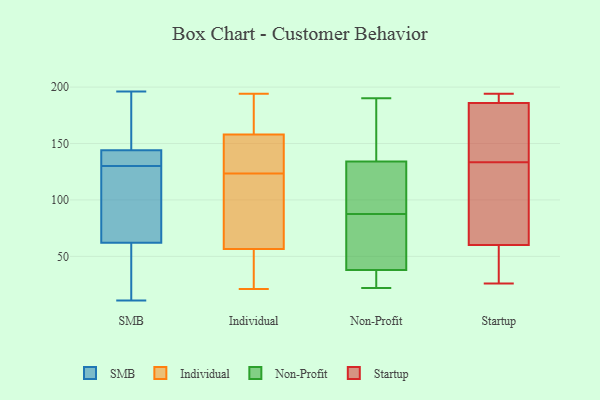
{"axis": {"x": "Population (Million)", "y": "Value"}, "legend": ["Individual", "Non-Profit", "SMB", "Startup"], "data": [{"x": "", "y": 193, "type": "SMB"}, {"x": "", "y": 39, "type": "SMB"}, {"x": "", "y": 154, "type": "SMB"}, {"x": "", "y": 31, "type": "SMB"}, {"x": "", "y": 47, "type": "SMB"}, {"x": "", "y": 145, "type": "SMB"}, {"x": "", "y": 127, "type": "SMB"}, {"x": "", "y": 117, "type": "SMB"}, {"x": "", "y": 141, "type": "SMB"}, {"x": "", "y": 11, "type": "SMB"}, {"x": "", "y": 138, "type": "SMB"}, {"x": "", "y": 196, "type": "SMB"}, {"x": "", "y": 42, "type": "SMB"}, {"x": "", "y": 135, "type": "SMB"}, {"x": "", "y": 156, "type": "SMB"}, {"x": "", "y": 77, "type": "SMB"}, {"x": "", "y": 114, "type": "SMB"}, {"x": "", "y": 133, "type": "SMB"}, {"x": "", "y": 120, "type": "SMB"}, {"x": "", "y": 143, "type": "SMB"}, {"x": "", "y": 70, "type": "Individual"}, {"x": "", "y": 21, "type": "Individual"}, {"x": "", "y": 112, "type": "Individual"}, {"x": "", "y": 43, "type": "Individual"}, {"x": "", "y": 194, "type": "Individual"}, {"x": "", "y": 180, "type": "Individual"}, {"x": "", "y": 40, "type": "Individual"}, {"x": "", "y": 180, "type": "Individual"}, {"x": "", "y": 127, "type": "Individual"}, {"x": "", "y": 144, "type": "Individual"}, {"x": "", "y": 94, "type": "Individual"}, {"x": "", "y": 151, "type": "Individual"}, {"x": "", "y": 165, "type": "Individual"}, {"x": "", "y": 133, "type": "Individual"}, {"x": "", "y": 42, "type": "Individual"}, {"x": "", "y": 120, "type": "Individual"}, {"x": "", "y": 95, "type": "Non-Profit"}, {"x": "", "y": 87, "type": "Non-Profit"}, {"x": "", "y": 140, "type": "Non-Profit"}, {"x": "", "y": 31, "type": "Non-Profit"}, {"x": "", "y": 22, "type": "Non-Profit"}, {"x": "", "y": 89, "type": "Non-Profit"}, {"x": "", "y": 86, "type": "Non-Profit"}, {"x": "", "y": 134, "type": "Non-Profit"}, {"x": "", "y": 134, "type": "Non-Profit"}, {"x": "", "y": 37, "type": "Non-Profit"}, {"x": "", "y": 74, "type": "Non-Profit"}, {"x": "", "y": 88, "type": "Non-Profit"}, {"x": "", "y": 190, "type": "Non-Profit"}, {"x": "", "y": 37, "type": "Non-Profit"}, {"x": "", "y": 42, "type": "Non-Profit"}, {"x": "", "y": 92, "type": "Non-Profit"}, {"x": "", "y": 38, "type": "Non-Profit"}, {"x": "", "y": 140, "type": "Non-Profit"}, {"x": "", "y": 60, "type": "Startup"}, {"x": "", "y": 175, "type": "Startup"}, {"x": "", "y": 26, "type": "Startup"}, {"x": "", "y": 31, "type": "Startup"}, {"x": "", "y": 192, "type": "Startup"}, {"x": "", "y": 143, "type": "Startup"}, {"x": "", "y": 186, "type": "Startup"}, {"x": "", "y": 123, "type": "Startup"}, {"x": "", "y": 124, "type": "Startup"}, {"x": "", "y": 194, "type": "Startup"}]}